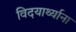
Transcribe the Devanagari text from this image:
विदयार्थ्याना